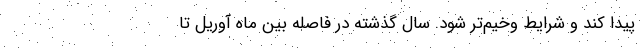
پیدا کند و شرایط وخیم‌تر شود. سال گذشته در فاصله بین ماه آوریل تا